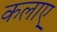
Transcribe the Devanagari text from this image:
कलाए